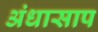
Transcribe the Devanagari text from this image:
अंधासाप